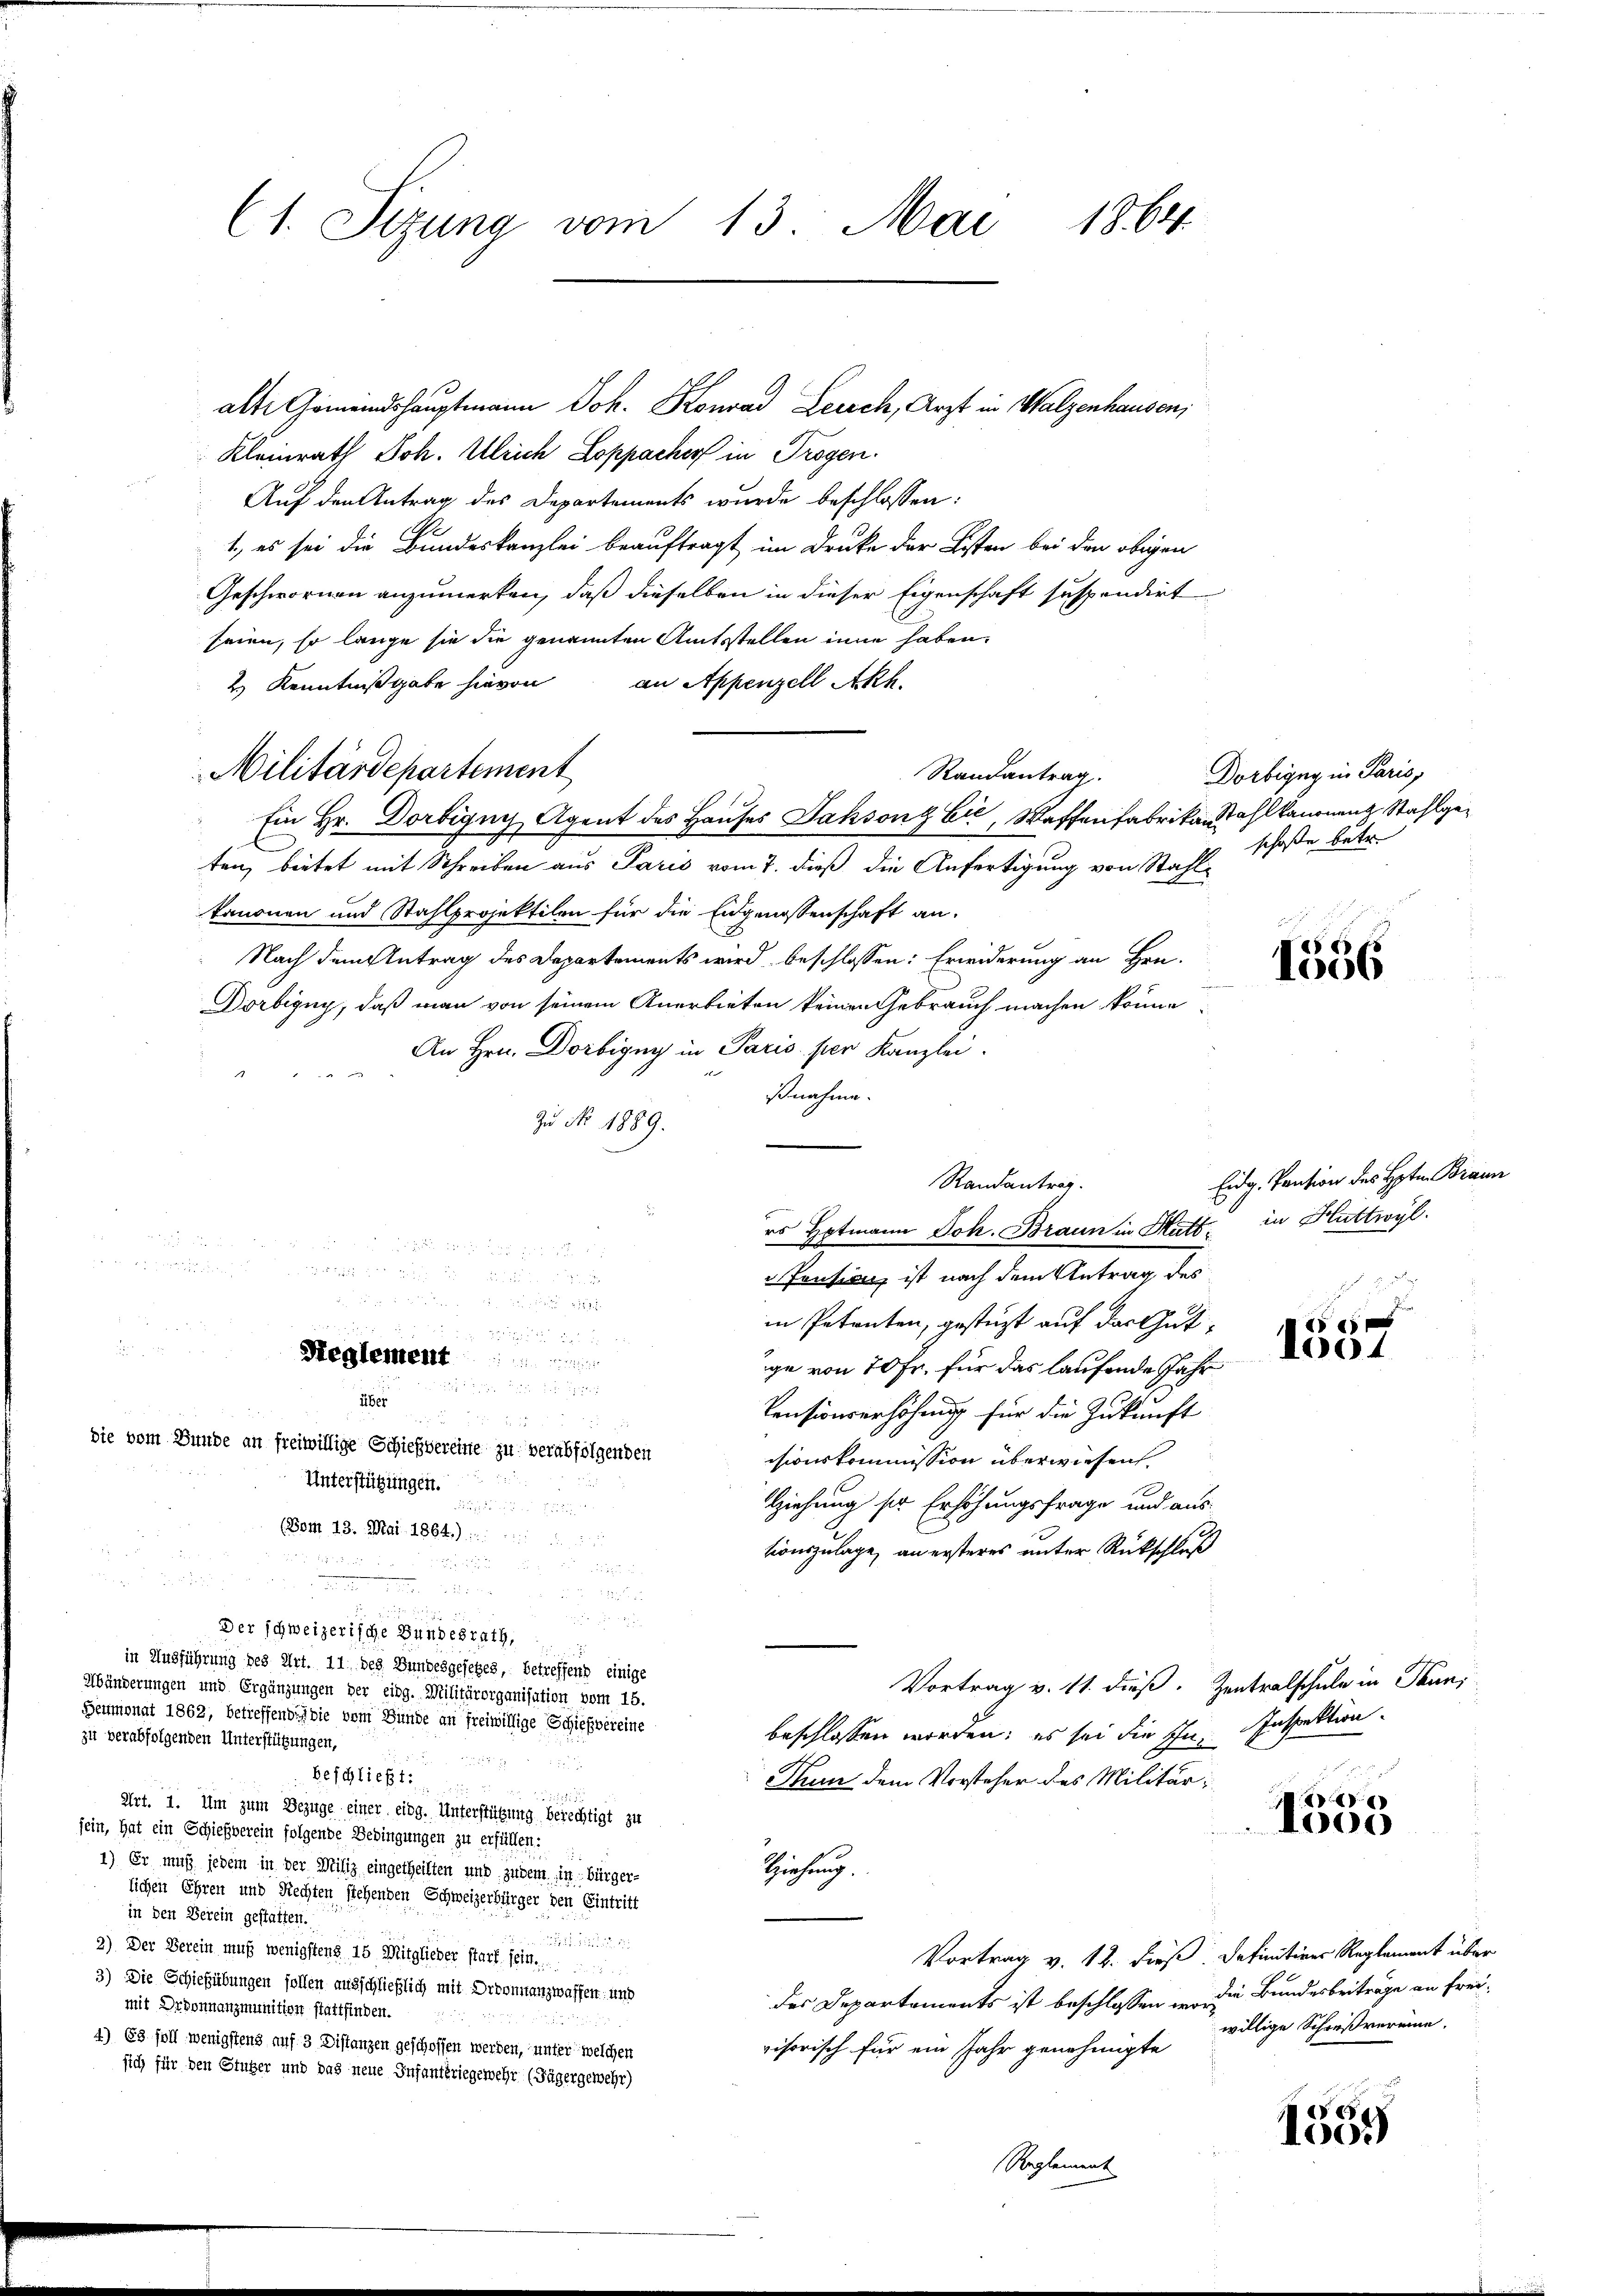
Kleinrath Joh. Ulrich Loppacher in Trogen.
Auf den Antrag des Departements wurde beschlossen:
G
1., es sei die Bundeskanzlei beauftragt im Druke der Listen bei den obigen
Geschwornen anzumerken, daß dieselben in dieser Eigenschaft suspendirt
seien, so lange sie die genannten Amtsstellen inne haben.
an Appenzell Akh.
2.) Kenntnißgabe hievon
Randantrag
Ein Hr. Dortigny Agent des Hauses Jaksonz Eić, Waffenfabrika. Wahl kanonenz Stahlgeten, bietet mit Schreiben aus Paris vom 7. dieß die Anfertigung von Stahlkanonen und Stahlprojektilen für die Eidgenossenschaft an.
Nach dem Antrag des Departements wird beschlossen: Erwiderung an Hrn.
Dörbigny, daß man von seinem Anerbieten keinen Gebrauch machen könne,
An Hrn. Dorbigny in Paris per Kanzlei.
ßnahme.
Zu No. 1889.
es Hotmann Joh. Braun in Hatt in Huttwyl

i

Pensien ist nach dem Antrag des

in Petenten, gestüzt auf der Gut¬

            2
1004
Reglement
ge von 70 Fr. für das laufende Jahr

über
Pensionserhöhung für die Zukunft

die vom Bunde an freiwillige Schießvereine zu verabfolgenden
isionskommission überwiesen.
Unterstützungen.
Ziehung ser Erhöhungsfrage und aus

(Bom 13. Mai 1864.)
tionszulage, an ersteres unter Rückschluß

a

.

Der schweizerische Bundesrath,
n
in Ausführung des Art. 11. des Bundesgesehes, betreffend einige
Vortrag v. 11. dieß. Zentralschule in Thun,
Abänderungen und Ergänzungen der eidg. Militärorganisation vom 15.
Feumonat 1862, betreffend die vom Bunde an freiwillige Schießvereine
beschlossen worden; es sei die Ihn, Inspektion
zu verabfolgenden Unterstützungen,

beschließt:
Tn dem Vorsteher des Militäre
Art. 1. Um zum Bezüge einer eidg. Unterstützung berechtigt zu
100.
sein, hat ein Schießverein folgende Bedingungen zu erfüllen:
1) Er muß jedem in der Miliz eingetheilten und zudem in bürger-
Ziehung.
lichen Ehren und Rechten stehenden Schweizerbürger den Eintritt
in den Verein gestatten.

2) Der Berein muß wenigstens 15 Mitglieder stark sein.
Vortrag v. 18. dieß. Definitives Reglement über
3) Die Schießübungen sollen ausschließlich mit Dreonnanzwaffen und
der Departements ist beschlossen in die Bundesbeiträge an freimit Ordonnanzmunition stattfinden.
e
willige Schießrerinne.
4) 63 foll wenigstens auf 3 Distanzen geschoffen werden, unter welchen
visorisch für ein Jahr genehmigte
sich für den Stufer und das neue Infantériegewehr (Fägergemehr)
1555
Reglement

(1. Sizung vom 13. Mai 1864

Militärdepartement

alte Gemeindshauptmann Joh. Konrad Leich, Arzt in Walzenhausen,

Randantrag.

Dorbigny in Paris,
schoße betr.

1536

Eidg. Pension des Hoten Braun